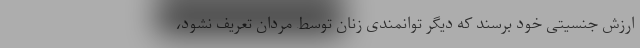
ارزش جنسیتی خود برسند که دیگر توانمندی زنان توسط مردان تعریف نشود،